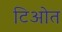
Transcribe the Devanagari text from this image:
टिओत